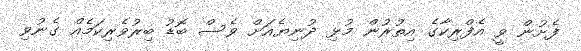
ފެށުން ވީ އެފްރިކާގެ އިތުރުން މުޅި ދުނިޔެއަށް ވެސް ބޮޑު ބިރުވެރިކަމެއް ގެނުވި